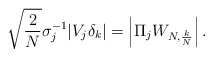
\begin{align*} \sqrt{\frac{2}{N}} \sigma_j^{-1} | V_j \delta_k | = \left| \Pi_j W_{N, \frac{k}{N}} \right| .\end{align*}